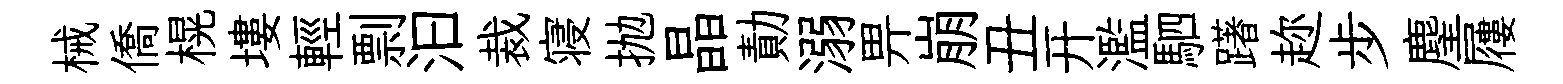
械僑榥塿輕剽汩裁寝抛晶勣溺畀崩丑开濫駟躇趂步麈屨